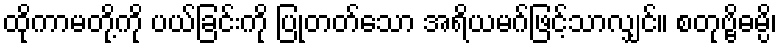
ထိုကာမတို့ကို ပယ်ခြင်းကို ပြုတတ်သော အရိယမဂ်ဖြင့်သာလျှင်။ စတုဗ္ဗိဓမ္ပိ၊